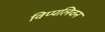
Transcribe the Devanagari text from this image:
विप्पलिवन